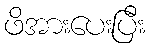
ဖိအားပေးပြီး